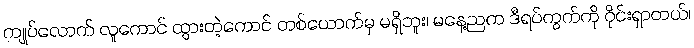
ကျုပ်လောက် လူကောင် ထွားတဲ့ကောင် တစ်ယောက်မှ မရှိဘူး၊ မနေ့ညက ဒီရပ်ကွက်ကို ဝိုင်းရှာတယ်၊